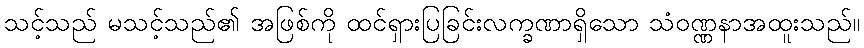
သင့်သည် မသင့်သည်၏ အဖြစ်ကို ထင်ရှားပြခြင်းလက္ခဏာရှိသော သံဝဏ္ဏနာအထူးသည်။